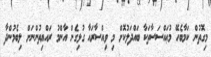
މިގޮތުން ކަމާބެހޭ މުޢައްސަސާތަކާ ބައްދަލުކޮށް މި ވިއްސާރައާ ގުޅިގެން އާންމު ރައްޔިތުންނަށް ލިބެމުންދާ